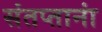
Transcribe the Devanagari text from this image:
संतप्तानां